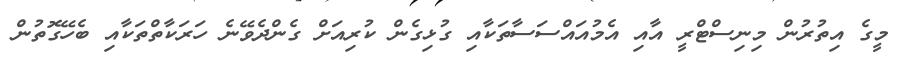
މީގެ އިތުރުން މިނިސްޓްރީ އާއި އެމުއައްސަސާތަކާއި ގުޅިގެން ކުރިއަށް ގެންދެވޭނެ ހަރަކާތްތަކާއި ބެހޭގޮތުން